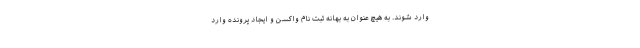
وارد شوند. به هیچ عنوان به بهانه ثبت نام واکسن و ایجاد پرونده وارد